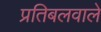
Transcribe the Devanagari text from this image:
प्रतिबलवाले